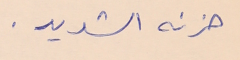
حزنه الشديد.